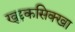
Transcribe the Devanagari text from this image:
खुद्दकसिक्खा